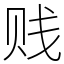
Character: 贱